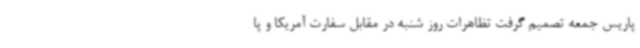
پاریس جمعه تصمیم گرفت تظاهرات روز شنبه در مقابل سفارت آمریکا و پا